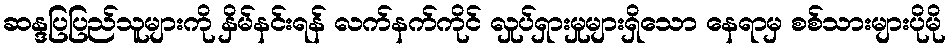
ဆန္ဒပြပြည်သူများကို နှိမ်နင်းရန် လက်နက်ကိုင် လှုပ်ရှားမှုများရှိသော နေရာမှ စစ်သားများပိုမို